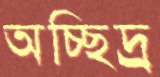
অচ্ছিদ্র্র